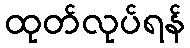
ထုတ်လုပ်ရန်